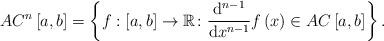
LaTeX: \begin{align*}AC^{n}\left[a,b\right] =\left\{ f:\left[a,b\right] \rightarrow\mathbb{R}\colon\frac{\mathrm d^{n-1}}{\mathrm dx^{n-1}}f \left( x\right) \in AC\left[a,b\right] \right\} .\end{align*}